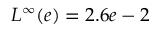
L ^ { \infty } ( e ) = 2 . 6 e - 2